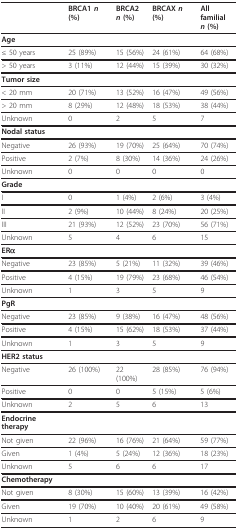
<table><thead><tr><td></td><td><b>BRCA1 <i>n </i>(%)</b></td><td><b>BRCA2<i>n </i>(%)</b></td><td><b>BRCAX <i>n </i>(%)</b></td><td><b>All familial<i>n </i>(%)</b></td></tr></thead><tbody><tr><td><b>Age</b></td><td></td><td></td><td></td><td></td></tr><tr><td>≤ 50 years</td><td>25 (89%)</td><td>15 (56%)</td><td>24 (61%)</td><td>64 (68%)</td></tr><tr><td>&gt; 50 years</td><td>3 (11%)</td><td>12 (44%)</td><td>15 (39%)</td><td>30 (32%)</td></tr><tr><td><b>Tumor size</b></td><td></td><td></td><td></td><td></td></tr><tr><td>&lt; 20 mm</td><td>20 (71%)</td><td>13 (52%)</td><td>16 (47%)</td><td>49 (56%)</td></tr><tr><td>&gt; 20 mm</td><td>8 (29%)</td><td>12 (48%)</td><td>18 (53%)</td><td>38 (44%)</td></tr><tr><td>Unknown</td><td>0</td><td>2</td><td>5</td><td>7</td></tr><tr><td><b>Nodal status</b></td><td></td><td></td><td></td><td></td></tr><tr><td>Negative</td><td>26 (93%)</td><td>19 (70%)</td><td>25 (64%)</td><td>70 (74%)</td></tr><tr><td>Positive</td><td>2 (7%)</td><td>8 (30%)</td><td>14 (36%)</td><td>24 (26%)</td></tr><tr><td>Unknown</td><td>0</td><td>0</td><td>0</td><td>0</td></tr><tr><td><b>Grade</b></td><td></td><td></td><td></td><td></td></tr><tr><td>I</td><td>0</td><td>1 (4%)</td><td>2 (6%)</td><td>3 (4%)</td></tr><tr><td>II</td><td>2 (9%)</td><td>10 (44%)</td><td>8 (24%)</td><td>20 (25%)</td></tr><tr><td>III</td><td>21 (93%)</td><td>12 (52%)</td><td>23 (70%)</td><td>56 (71%)</td></tr><tr><td>Unknown</td><td>5</td><td>4</td><td>6</td><td>15</td></tr><tr><td><b>ERα</b></td><td></td><td></td><td></td><td></td></tr><tr><td>Negative</td><td>23 (85%)</td><td>5 (21%)</td><td>11 (32%)</td><td>39 (46%)</td></tr><tr><td>Positive</td><td>4 (15%)</td><td>19 (79%)</td><td>23 (68%)</td><td>46 (54%)</td></tr><tr><td>Unknown</td><td>1</td><td>3</td><td>5</td><td>9</td></tr><tr><td><b>PgR</b></td><td></td><td></td><td></td><td></td></tr><tr><td>Negative</td><td>23 (85%)</td><td>9 (38%)</td><td>16 (47%)</td><td>48 (56%)</td></tr><tr><td>Positive</td><td>4 (15%)</td><td>15 (62%)</td><td>18 (53%)</td><td>37 (44%)</td></tr><tr><td>Unknown</td><td>1</td><td>3</td><td>5</td><td>9</td></tr><tr><td><b>HER2 status</b></td><td></td><td></td><td></td><td></td></tr><tr><td>Negative</td><td>26 (100%)</td><td>22 (100%)</td><td>28 (85%)</td><td>76 (94%)</td></tr><tr><td>Positive</td><td>0</td><td>0</td><td>5 (15%)</td><td>5 (6%)</td></tr><tr><td>Unknown</td><td>2</td><td>5</td><td>6</td><td>13</td></tr><tr><td><b>Endocrine therapy</b></td><td></td><td></td><td></td><td></td></tr><tr><td>Not given</td><td>22 (96%)</td><td>16 (76%)</td><td>21 (64%)</td><td>59 (77%)</td></tr><tr><td>Given</td><td>1 (4%)</td><td>5 (24%)</td><td>12 (36%)</td><td>18 (23%)</td></tr><tr><td>Unknown</td><td>5</td><td>6</td><td>6</td><td>17</td></tr><tr><td><b>Chemotherapy</b></td><td></td><td></td><td></td><td></td></tr><tr><td>Not given</td><td>8 (30%)</td><td>15 (60%)</td><td>13 (39%)</td><td>16 (42%)</td></tr><tr><td>Given</td><td>19 (70%)</td><td>10 (40%)</td><td>20 (61%)</td><td>49 (58%)</td></tr><tr><td>Unknown</td><td>1</td><td>2</td><td>6</td><td>9</td></tr></tbody></table>